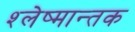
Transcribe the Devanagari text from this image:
श्‍लेष्मान्तक